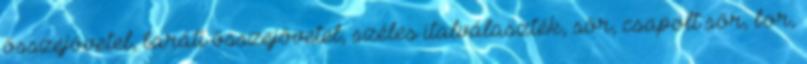
összejövetel, baráti összejövetel, széles italválaszték, sör, csapolt sör, bor,